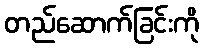
တည်ဆောက်ခြင်းကို